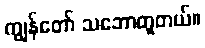
ကျွန်တော် သဘောတူတယ်။